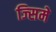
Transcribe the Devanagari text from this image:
ज्सिमे